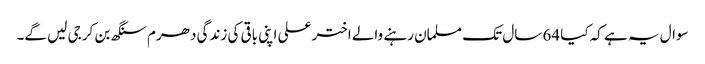
سوال یہ ہے کہ کیا 64 سال تک مسلمان رہنے والے اختر علی اپنی باقی کی زندگی دھرم سنگھ بن کر جی لیں گے۔